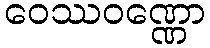
ဝေဿဝဏ္ဏော